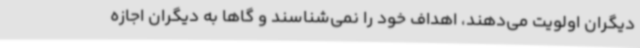
دیگران اولویت می‌دهند، اهداف خود را نمی‌شناسند و گاها به دیگران اجازه